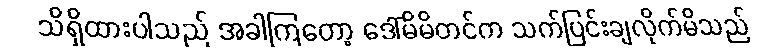
သိရှိထားပါသည် အခါကြတော့ ဒေါ်မိမိတင်က သက်ပြင်းချလိုက်မိသည်